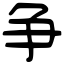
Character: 争